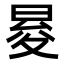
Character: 𭦕